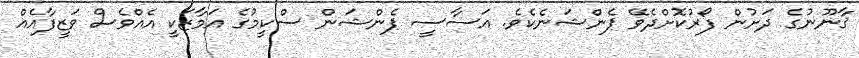
ޤާނޫނުގެ ދަށުން ފޯރުކޮށްދެވޭ ޕެންޝަނެކެވެ. އަސާސީ ޕެންޝަން ސްކީމުގެ އަމާޒަކީ އެއްވެސް ވަޒީފާއެއް